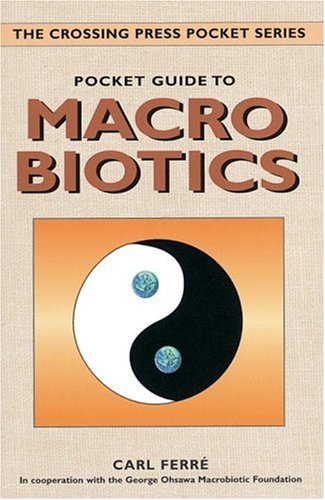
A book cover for Pocket Guide to Macrobiotics (Crossing Press Pocket Guides); Carl Ferre; Health, Fitness & Dieting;